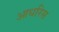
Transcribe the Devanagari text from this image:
आधरिस